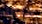
هناك